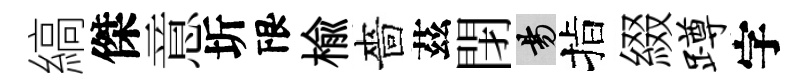
縞傑意圻限楡嗇茲閉昜指綴蹲字